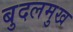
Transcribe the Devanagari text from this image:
बुदलमुख